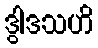
ဒွါဒသဟိ